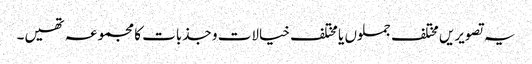
یہ تصویریں مختلف جملوں یا مختلف خیالات و جذبات کا مجموعہ تھیں۔